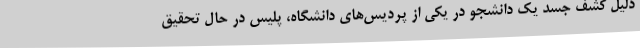
دلیل کشف جسد یک دانشجو در یکی از پردیس‌های دانشگاه، پلیس در حال تحقیق